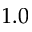
1 . 0